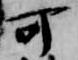
課